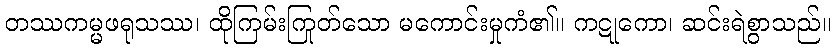
တဿကမ္မဖရုသဿ၊ ထိုကြမ်းကြုတ်သော မကောင်းမှုကံ၏။ ကဋုကော၊ ဆင်းရဲစွာသည်။